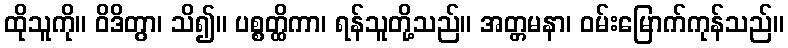
ထိုသူကို။ ဝိဒိတွာ၊ သိ၍။ ပစ္စတ္ထိကာ၊ ရန်သူတို့သည်။ အတ္တမနာ၊ ဝမ်းမြောက်ကုန်သည်။